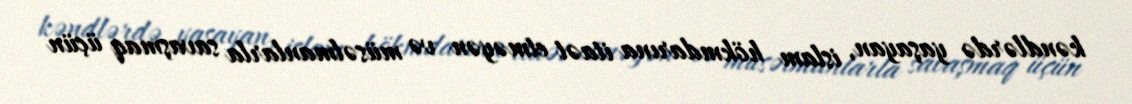
kəndlərdə yaşayan, islam hökmdarına itaət etməyən və müsəlmanlarla savaşmaq üçün